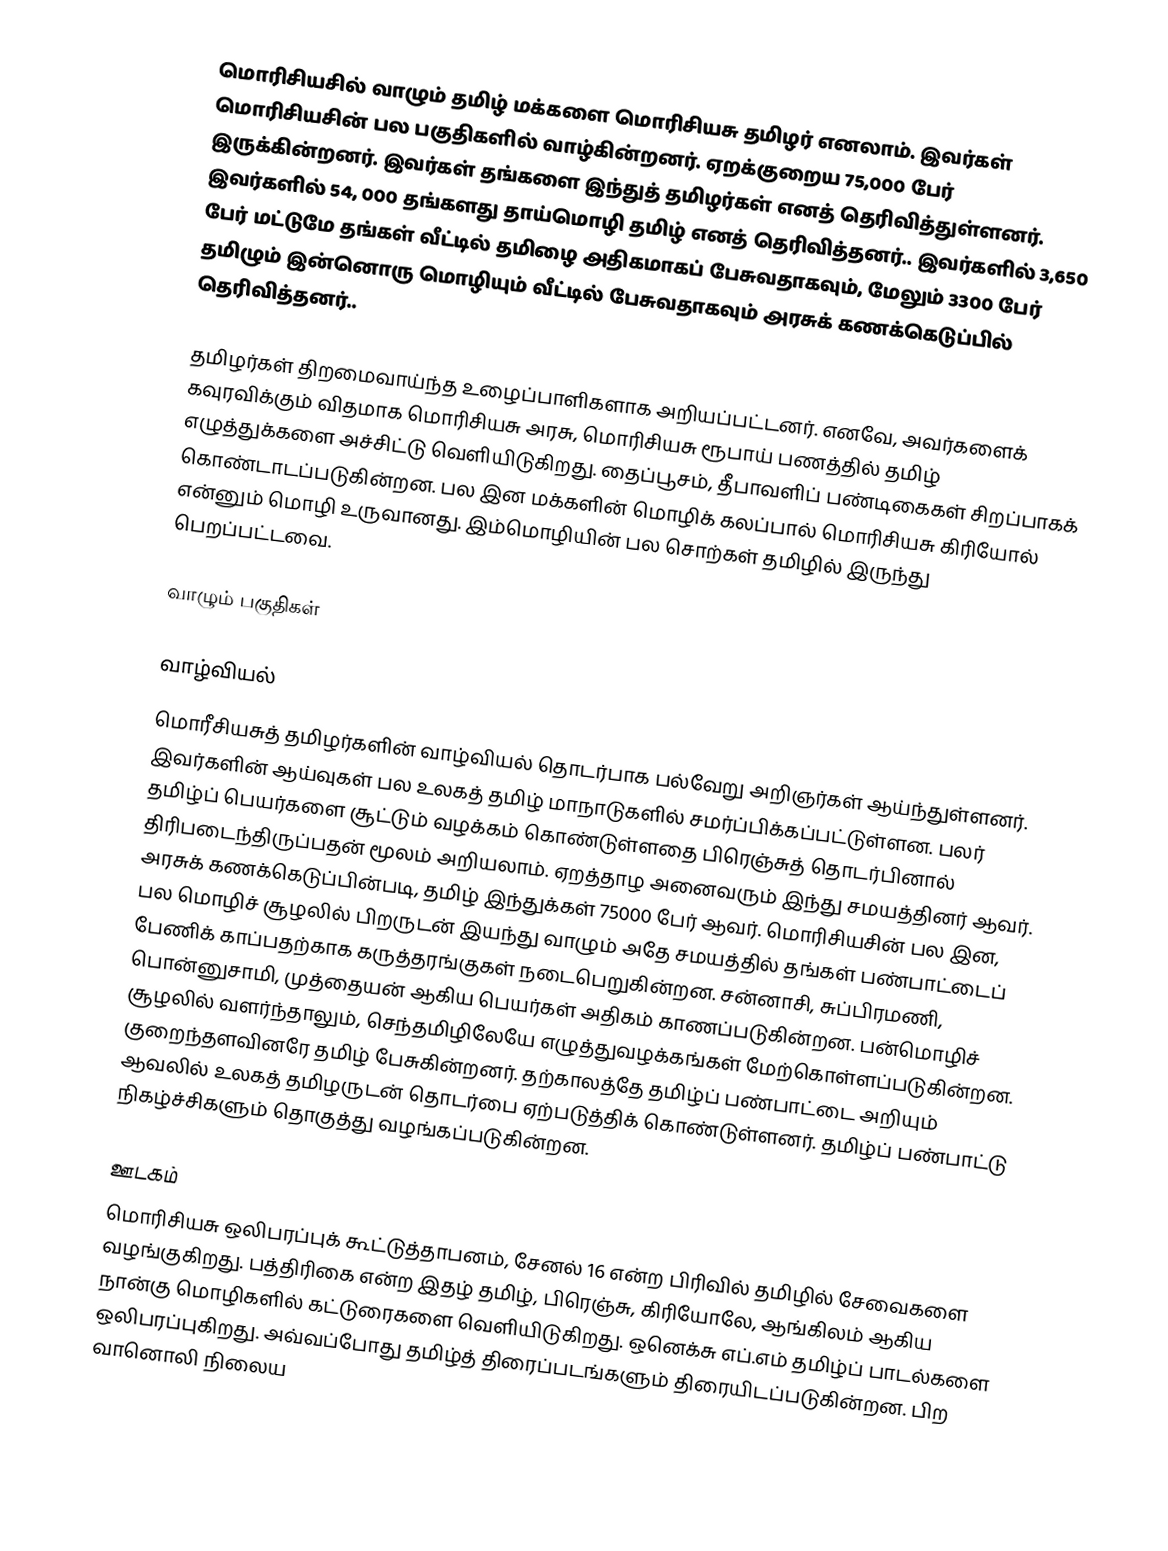
மொரிசியசில் வாழும் தமிழ் மக்களை மொரிசியசு தமிழர் எனலாம். இவர்கள் மொரிசியசின் பல பகுதிகளில் வாழ்கின்றனர். ஏறக்குறைய 75,000 பேர் இருக்கின்றனர். இவர்கள் தங்களை இந்துத் தமிழர்கள் எனத் தெரிவித்துள்ளனர். இவர்களில் 54, 000 தங்களது தாய்மொழி தமிழ் எனத் தெரிவித்தனர்.. இவர்களில் 3,650 பேர் மட்டுமே தங்கள் வீட்டில் தமிழை அதிகமாகப் பேசுவதாகவும், மேலும் 3300 பேர் தமிழும் இன்னொரு மொழியும் வீட்டில் பேசுவதாகவும் அரசுக் கணக்கெடுப்பில் தெரிவித்தனர்..

தமிழர்கள் திறமைவாய்ந்த உழைப்பாளிகளாக அறியப்பட்டனர். எனவே, அவர்களைக் கவுரவிக்கும் விதமாக மொரிசியசு அரசு, மொரிசியசு ரூபாய் பணத்தில் தமிழ் எழுத்துக்களை அச்சிட்டு வெளியிடுகிறது. தைப்பூசம், தீபாவளிப் பண்டிகைகள் சிறப்பாகக் கொண்டாடப்படுகின்றன. பல இன மக்களின் மொழிக் கலப்பால் மொரிசியசு கிரியோல் என்னும் மொழி உருவானது. இம்மொழியின் பல சொற்கள் தமிழில் இருந்து பெறப்பட்டவை.

வாழும் பகுதிகள்

வாழ்வியல்
மொரீசியசுத் தமிழர்களின் வாழ்வியல் தொடர்பாக பல்வேறு அறிஞர்கள் ஆய்ந்துள்ளனர். இவர்களின் ஆய்வுகள் பல உலகத் தமிழ் மாநாடுகளில் சமர்ப்பிக்கப்பட்டுள்ளன. பலர் தமிழ்ப் பெயர்களை சூட்டும் வழக்கம் கொண்டுள்ளதை பிரெஞ்சுத் தொடர்பினால் திரிபடைந்திருப்பதன் மூலம் அறியலாம். ஏறத்தாழ அனைவரும் இந்து சமயத்தினர் ஆவர். அரசுக் கணக்கெடுப்பின்படி, தமிழ் இந்துக்கள் 75000 பேர் ஆவர். மொரிசியசின் பல இன, பல மொழிச் சூழலில் பிறருடன் இயந்து வாழும் அதே சமயத்தில் தங்கள் பண்பாட்டைப் பேணிக் காப்பதற்காக கருத்தரங்குகள் நடைபெறுகின்றன. சன்னாசி, சுப்பிரமணி, பொன்னுசாமி, முத்தையன் ஆகிய பெயர்கள் அதிகம் காணப்படுகின்றன. பன்மொழிச் சூழலில் வளர்ந்தாலும், செந்தமிழிலேயே எழுத்துவழக்கங்கள் மேற்கொள்ளப்படுகின்றன. குறைந்தளவினரே தமிழ் பேசுகின்றனர். தற்காலத்தே தமிழ்ப் பண்பாட்டை அறியும் ஆவலில் உலகத் தமிழருடன் தொடர்பை ஏற்படுத்திக் கொண்டுள்ளனர். தமிழ்ப் பண்பாட்டு நிகழ்ச்சிகளும் தொகுத்து வழங்கப்படுகின்றன.

ஊடகம்
மொரிசியசு ஒலிபரப்புக் கூட்டுத்தாபனம், சேனல் 16 என்ற பிரிவில் தமிழில் சேவைகளை வழங்குகிறது. பத்திரிகை என்ற இதழ் தமிழ், பிரெஞ்சு, கிரியோலே, ஆங்கிலம் ஆகிய நான்கு மொழிகளில் கட்டுரைகளை வெளியிடுகிறது. ஒனெக்சு எப்.எம் தமிழ்ப் பாடல்களை ஒலிபரப்புகிறது. அவ்வப்போது தமிழ்த் திரைப்படங்களும் திரையிடப்படுகின்றன. பிற வானொலி நிலைய